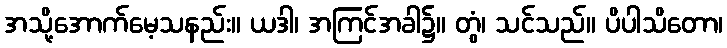
အသို့အောက်မေ့သနည်း။ ယဒါ၊ အကြင်အခါ၌။ တွံ၊ သင်သည်။ ပိပါသိတော၊